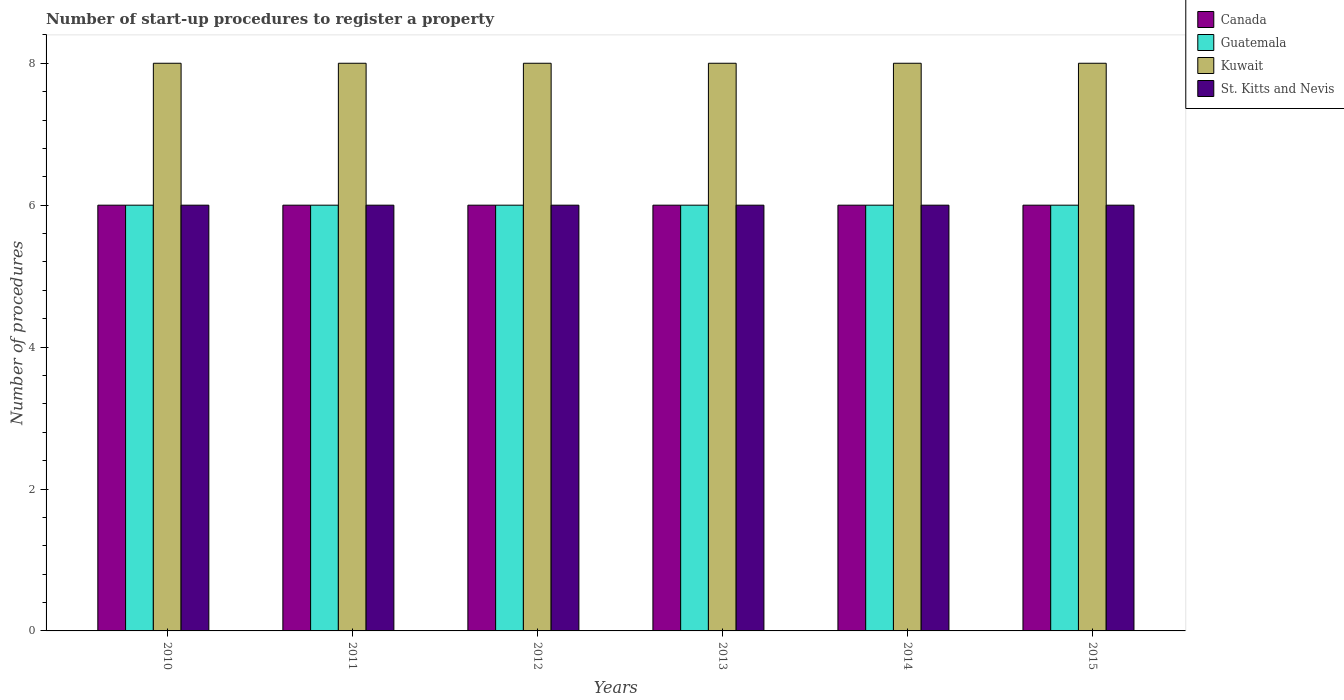
| Years | Canada | Guatemala | Kuwait | St. Kitts and Nevis |
 | --- | --- | --- | --- | --- |
 | 2010 | 6 | 6 | 8 | 6 |
 | 2011 | 6 | 6 | 8 | 6 |
 | 2012 | 6 | 6 | 8 | 6 |
 | 2013 | 6 | 6 | 8 | 6 |
 | 2014 | 6 | 6 | 8 | 6 |
 | 2015 | 6 | 6 | 8 | 6 |